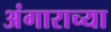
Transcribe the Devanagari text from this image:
अंगाराच्या